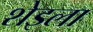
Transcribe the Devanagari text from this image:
शेइला